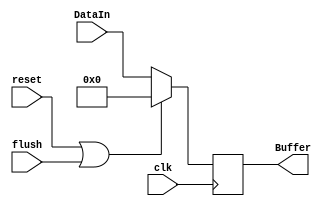
// data[15:0] , 3 bit dist, 1 bit WB, 
module MEM_WB(
    DataIn, Buffer, clk, reset, flush
);
    input [19:0] DataIn;
    input clk, reset, flush;
    output reg [19:0] Buffer;
    always @(posedge clk) begin
        if(reset==1'b1||flush==1'b1)
            Buffer=20'b0;
        else
            Buffer = DataIn;
    end
endmodule